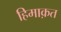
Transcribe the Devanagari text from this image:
हिमाक़त